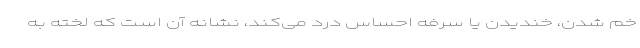
خم شدن، خندیدن یا سرفه احساس درد می‌کند، نشانه آن است که لخته به